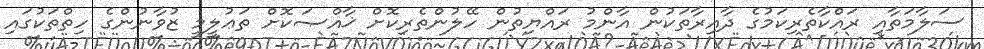
ސަލާމަތާއި ރައްކާތެރިކަމުގެ ދާއިރާތަކުން އާންމު ރައްޔިތުން ހޭލުންތެރިކޮށް ޚާއްޞަކޮށް ތަޢުލީމީ ޒުވާނުންގެ ހިތްތަކުގައި